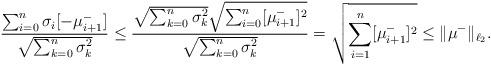
LaTeX: \begin{align*}\frac{\sum_{i=0}^n \sigma_i [-\mu_{i+1}^-]}{\sqrt{\sum_{k=0}^{n}\sigma^2_k}}\le \frac{\sqrt{\sum_{k=0}^{n}\sigma^2_k}\sqrt{\sum_{i=0}^n [\mu^-_{i+1}]^2}}{\sqrt{\sum_{k=0}^{n}\sigma^2_k}}=\sqrt{\sum_{i=1}^n [\mu^-_{i+1}]^2}\le \|\mu^-\|_{{\bf \ell}_2}.\end{align*}